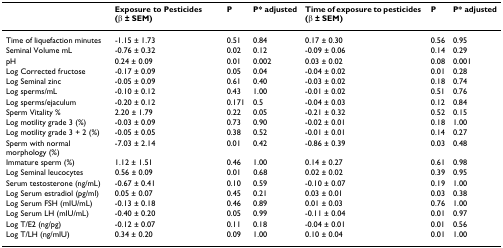
<table><thead><tr><td></td><td><b>Exposure to Pesticides (β ± SEM)</b></td><td><b>P</b></td><td><b>P* adjusted</b></td><td><b>Time of exposure to pesticides (β ± SEM)</b></td><td><b>P</b></td><td><b>P* adjusted</b></td></tr></thead><tbody><tr><td>Time of liquefaction minutes</td><td>-1.15 ± 1.73</td><td>0.51</td><td>0.84</td><td>0.17 ± 0.30</td><td>0.56</td><td>0.95</td></tr><tr><td>Seminal Volume mL</td><td>-0.76 ± 0.32</td><td>0.02</td><td>0.12</td><td>-0.09 ± 0.06</td><td>0.14</td><td>0.29</td></tr><tr><td>pH</td><td>0.24 ± 0.09</td><td>0.01</td><td>0.002</td><td>0.03 ± 0.02</td><td>0.08</td><td>0.001</td></tr><tr><td>Log Corrected fructose</td><td>-0.17 ± 0.09</td><td>0.05</td><td>0.04</td><td>-0.04 ± 0.02</td><td>0.01</td><td>0.28</td></tr><tr><td>Log Seminal zinc</td><td>-0.05 ± 0.09</td><td>0.61</td><td>0.40</td><td>-0.03 ± 0.02</td><td>0.18</td><td>0.74</td></tr><tr><td>Log sperms/mL</td><td>-0.10 ± 0.12</td><td>0.43</td><td>1.00</td><td>-0.01 ± 0.02</td><td>0.51</td><td>0.76</td></tr><tr><td>Log sperms/ejaculum</td><td>-0.20 ± 0.12</td><td>0.171</td><td>0.5</td><td>-0.04 ± 0.03</td><td>0.12</td><td>0.84</td></tr><tr><td>Sperm Vitality %</td><td>2.20 ± 1.79</td><td>0.22</td><td>0.05</td><td>-0.21 ± 0.32</td><td>0.52</td><td>0.15</td></tr><tr><td>Log motility grade 3 (%)</td><td>-0.03 ± 0.09</td><td>0.73</td><td>0.90</td><td>-0.02 ± 0.01</td><td>0.18</td><td>1.00</td></tr><tr><td>Log motility grade 3 + 2 (%)</td><td>-0.05 ± 0.05</td><td>0.38</td><td>0.52</td><td>-0.01 ± 0.01</td><td>0.14</td><td>0.27</td></tr><tr><td>Sperm with normal morphology (%)</td><td>-7.03 ± 2.14</td><td>0.01</td><td>0.42</td><td>-0.86 ± 0.39</td><td>0.03</td><td>0.48</td></tr><tr><td>Immature sperm (%)</td><td>1.12 ± 1.51</td><td>0.46</td><td>1.00</td><td>0.14 ± 0.27</td><td>0.61</td><td>0.98</td></tr><tr><td>Log Seminal leucocytes</td><td>0.56 ± 0.09</td><td>0.01</td><td>0.68</td><td>0.02 ± 0.02</td><td>0.39</td><td>0.95</td></tr><tr><td>Serum testosterone (ng/mL)</td><td>-0.67 ± 0.41</td><td>0.10</td><td>0.59</td><td>-0.10 ± 0.07</td><td>0.19</td><td>1.00</td></tr><tr><td>Log Serum estradiol (pg/ml)</td><td>0.05 ± 0.07</td><td>0.45</td><td>0.21</td><td>0.03 ± 0.01</td><td>0.03</td><td>0.38</td></tr><tr><td>Log Serum FSH (mIU/mL)</td><td>-0.13 ± 0.18</td><td>0.46</td><td>0.89</td><td>0.01 ± 0.03</td><td>0.76</td><td>1.00</td></tr><tr><td>Log Serum LH (mIU/mL)</td><td>-0.40 ± 0.20</td><td>0.05</td><td>0.99</td><td>-0.11 ± 0.04</td><td>0.01</td><td>0.97</td></tr><tr><td>Log T/E2 (ng/pg)</td><td>-0.12 ± 0.07</td><td>0.11</td><td>0.18</td><td>-0.04 ± 0.01</td><td>0.01</td><td>0.56</td></tr><tr><td>Log T/LH (ng/mIU)</td><td>0.34 ± 0.20</td><td>0.09</td><td>1.00</td><td>0.10 ± 0.04</td><td>0.01</td><td>1.00</td></tr></tbody></table>